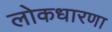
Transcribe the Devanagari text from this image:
लोकधारणा